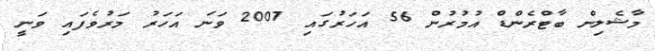
މާޝެލިން ބާޓްރެންޑް އުމުރުން 56 އަހަރުގައި 2007 ވަނަ އަހަރު މަރުވެފައި ވަނީ